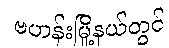
ဗဟန်းမြို့နယ်တွင်